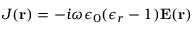
J ( \mathbf { r } ) = - { i } { \omega } { \epsilon _ { 0 } } ( { \epsilon _ { r } } - 1 ) \mathbf { E } ( \mathbf { r } )